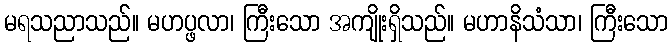
မရသညာသည်။ မဟပ္ဖလာ၊ ကြီးသော အကျိုးရှိသည်။ မဟာနိသံသာ၊ ကြီးသော